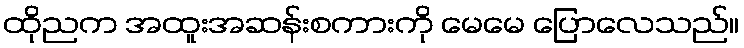
ထိုညက အထူးအဆန်းစကားကို မေမေ ပြောလေသည်။